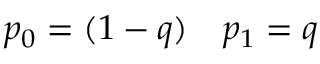
p _ { 0 } = ( 1 - q ) \quad p _ { 1 } = q